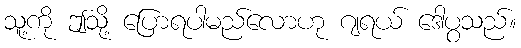
သူ့ကို ဤသို့ ပြောရပါမည်လောဟု ဂျရယ် ဒေါပွသည်။